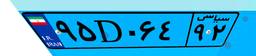
۹۵D۰۶۴۹۲